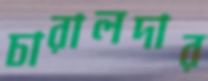
চারালদার